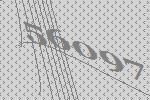
56097